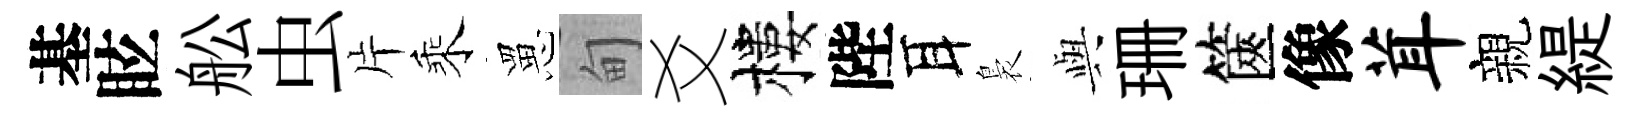
基眩舩虫片乘罳甸爻樓陛耳裊𫤰珊篋像茸親緹